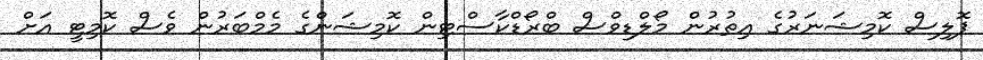
ޕޮލިސް ކޮމިޝަނަރުގެ އިތުރުން މޯލްޑިވްސް ބްރޯޑްކާސްޓިން ކޮމިޝަންގެ މެމްބަރުން ވެސް ކޮމިޓީ އަށް